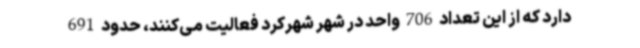
دارد که از این تعداد 706 واحد در شهر شهرکرد فعالیت می‌کنند، حدود 691